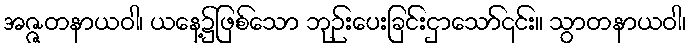
အဇ္ဇတနာယဝါ၊ ယနေ့၌ဖြစ်သော ဘုဉ်းပေးခြင်းငှာသော်၎င်း။ သွာတနာယဝါ၊